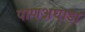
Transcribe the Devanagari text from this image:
पाणअघाडा